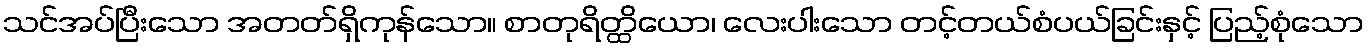
သင်အပ်ပြီးသော အတတ်ရှိကုန်သော။ စာတုရိတ္ထိယော၊ လေးပါးသော တင့်တယ်စံပယ်ခြင်းနှင့် ပြည့်စုံသော